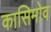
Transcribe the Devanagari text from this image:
कासिमोव